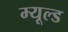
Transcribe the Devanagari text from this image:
म्यूल्ड